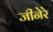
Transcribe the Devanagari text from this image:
जीनेरे